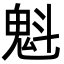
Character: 魁